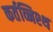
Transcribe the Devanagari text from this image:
कर्तव्निश्थ